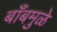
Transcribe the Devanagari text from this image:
बाँबमुळे